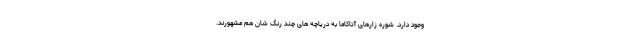
وجود دارد. شوره زارهای آتاکاما به دریاچه های چند رنگ شان هم مشهورند.